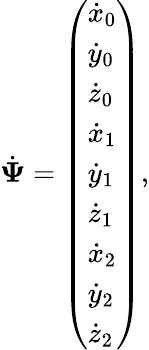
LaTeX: \dot{\mathbf{\Psi}}=\left(\begin{array}{l}{\dot{x}_{0}}\\ {\dot{y}_{0}}\\ {\dot{z}_{0}}\\ {\dot{x}_{1}}\\ {\dot{y}_{1}}\\ {\dot{z}_{1}}\\ {\dot{x}_{2}}\\ {\dot{y}_{2}}\\ {\dot{z}_{2}}\end{array}\right),